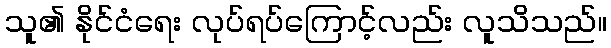
သူ၏ နိုင်ငံရေး လုပ်ရပ်ကြောင့်လည်း လူသိသည်။